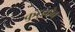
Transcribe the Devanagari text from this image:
कुटुझोव